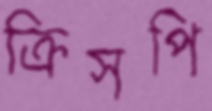
ক্রিসপি